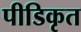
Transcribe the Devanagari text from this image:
पीडिकृत